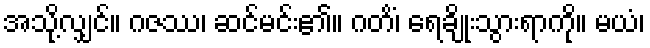
အသို့လျှင်။ ဂဇဿ၊ ဆင်မင်း၏။ ဂတိံ၊ ရေချိုးသွားရာကို။ မယံ၊